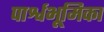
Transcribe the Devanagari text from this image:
पार्श्वभूमिका